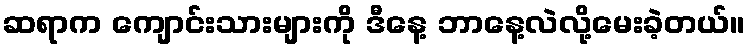
ဆရာက ကျောင်းသားများကို ဒီနေ့ ဘာနေ့လဲလို့မေးခဲ့တယ်။